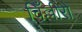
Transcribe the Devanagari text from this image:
चिँल्लीरो